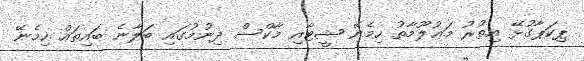
ޕިކަޕާގުޅޭ އިތުރު މަޢުލޫމާތު ހިމެނޭ ޝީޓާއި މާކްސް ދިނުމުގައި ބަލާނެ ބައިތައް ހިމެނޭ